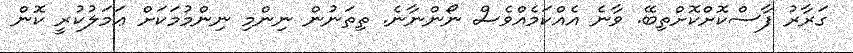
ގަރާރު ފާސްކޮށްކޮށްތިބޭ. ވާނެ އެއްކަމެއްވެސް ނޯންނާނެ. ތިތަނުން ނިންމި ނިންމުމަކަށް ޢަމަލުކުރީ ކޮން